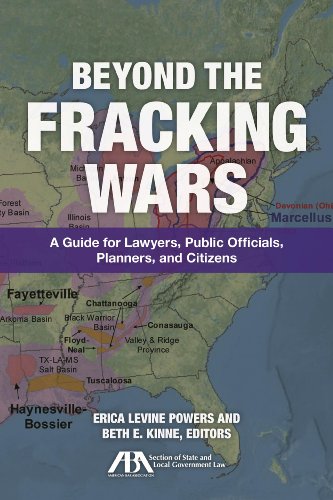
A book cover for Beyond the Fracking Wars: A Guide for Lawyers, Public Officials, Planners, and Citizens; Law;